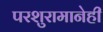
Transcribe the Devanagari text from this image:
परशुरामानेही